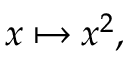
x \mapsto x ^ { 2 } ,